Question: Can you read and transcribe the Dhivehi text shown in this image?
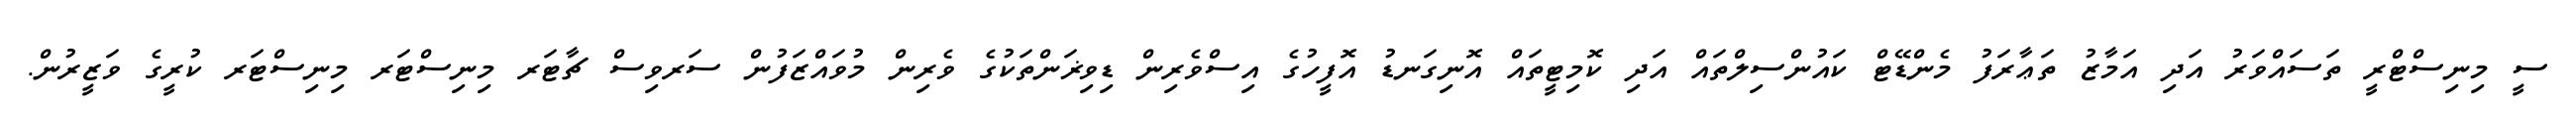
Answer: ސީ މިނިސްޓްރީ ތަސައްވަރު އަދި އަމާޒު ތަޢާރަފު މެންޑޭޓް ކައުންސިލްތައް އަދި ކޮމިޓީތައް އޮނިގަނޑު އޮފީހުގެ އިސްވެރިން ޑިވިޜަންތަކުގެ ވެރިން މުވައްޒަފުން ސަރވިސް ޗާޓަރ މިނިސްޓަރ މިނިސްޓަރ ކުރީގެ ވަޒީރުން.